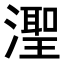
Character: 𬉊